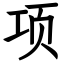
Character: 项